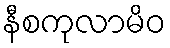
နီစကုလာမိဝ